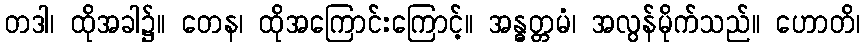
တဒါ၊ ထိုအခါ၌။ တေန၊ ထိုအကြောင်းကြောင့်။ အန္ဓတ္တမံ၊ အလွန်မိုက်သည်။ ဟောတိ၊